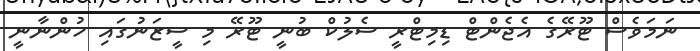
ނަމަވެސް ޓޫރޭގެ އެޖެންޓް ޑިމިޓްރީ ސެލުކް ބުނީ ޓޫރޭ މި ސީޒަނުގައި ހުންނާނީ